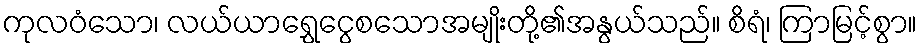
ကုလဝံသော၊ လယ်ယာရွှေငွေစသောအမျိုးတို့၏အနွယ်သည်။ စိရံ၊ ကြာမြင့်စွာ။